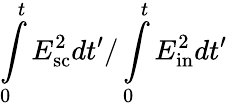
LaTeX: \intop_{0}^{t}E_{\mathrm{sc}}^{2}dt^{\prime}/\intop_{0}^{t}E_{\mathrm{in}}^{2}dt^{\prime}